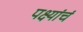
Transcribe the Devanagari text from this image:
पक्ष्यांचं